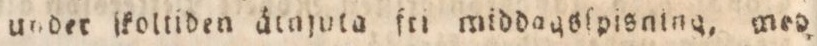
under ſkoltiden ätajuta fri middagsſpisning, med